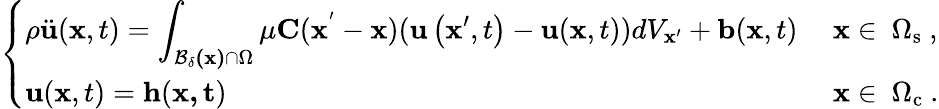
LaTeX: \left\{ \begin{array}{ll}{\rho\ddot{\mathbf{u}}(\mathbf{x},t)=\displaystyle\int_{\mathbf{\mathcal{B}_{\delta}(\mathbf{x})}\cap\Omega}\mu\mathbf{C}(\mathbf{\mathbf{x^{'}}}-\mathbf{x})(\mathbf{u}\left(\mathbf{x}^{\prime},t\right)-\mathbf{u}(\mathbf{x},t))dV_{\mathbf{\mathbf{x}^{\prime}}}+\mathbf{b}(\mathbf{x},t)}&{\mathrm{~\mathbf{x}\in~\Omega_s~},}\\ {\mathbf{u}(\mathbf{x},t)=\mathbf{h}(\mathbf{x,t})}&{\mathrm{~\mathbf{x}\in~\Omega_c~}.}\end{array}\right.